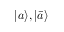
{ \left| { a } \right\rangle } , { \left| { \bar { a } } \right\rangle }